Scottish Certificate of Education, 1963
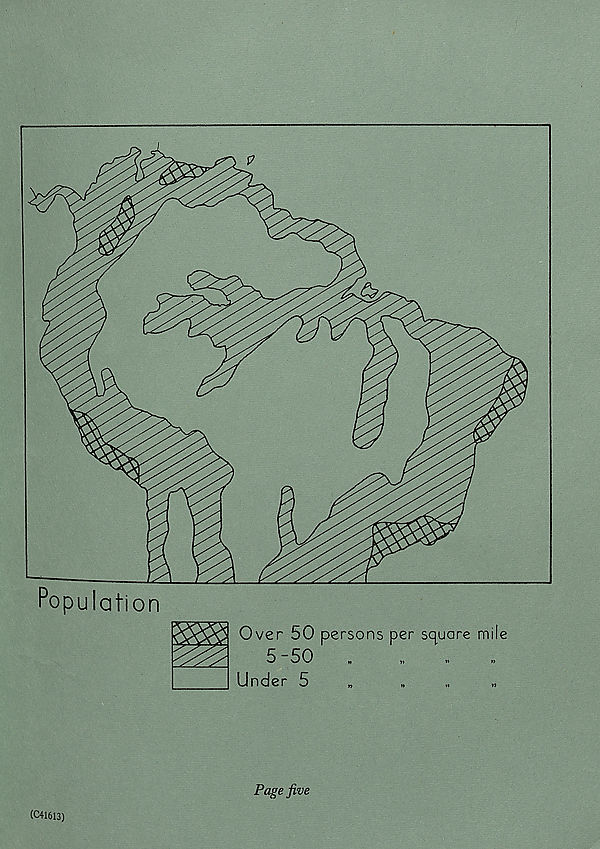
Population
Over 50 persons per square mile
5 -50
„
Under 5
„
„
„
(C41613)
Page five